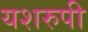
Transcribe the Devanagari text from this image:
यशरुपी